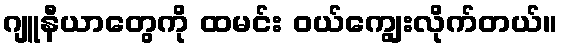
ဂျူနီယာတွေကို ထမင်း ဝယ်ကျွေးလိုက်တယ်။